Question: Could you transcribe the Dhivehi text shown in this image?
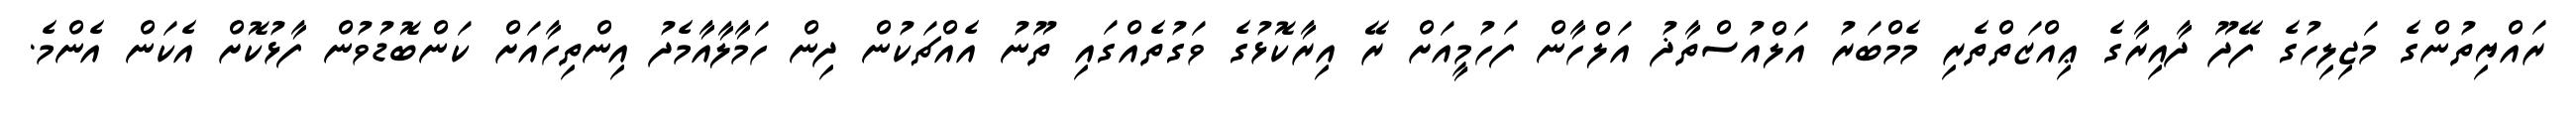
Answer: ރައްޔިތުންގެ މަޖިލިހުގެ ފޭދޫ ދާއިރާގެ ޢިއްޒަތްތެރި މެމްބަރު އަލްއުސްތާޛު އަލްހާން ފަހުމީއަށް ރޭ އިރާކޮޅުގެ ވަގުތެއްގައި ތޫނު އެއްޗަކުން ދިން ހަމާލާއާމެދު އިންތިހާއަށް ކަންބޮޑުވުން ފާޅުކޮށް އެކަން އެންމެ.